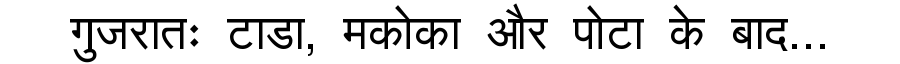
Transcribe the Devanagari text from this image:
गुजरातः टाडा, मकोका और पोटा के बाद...